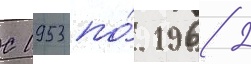
С 1953 по́ 1962